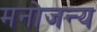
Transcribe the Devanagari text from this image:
मनोजन्य